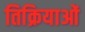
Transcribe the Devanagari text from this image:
तिक्रियाओं